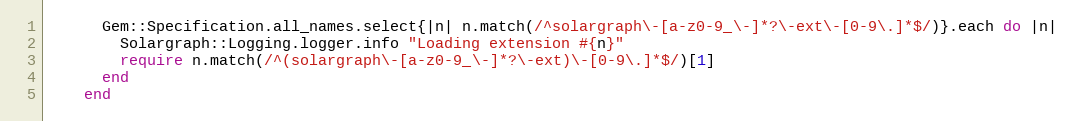
Language: Ruby
      Gem::Specification.all_names.select{|n| n.match(/^solargraph\-[a-z0-9_\-]*?\-ext\-[0-9\.]*$/)}.each do |n|
        Solargraph::Logging.logger.info "Loading extension #{n}"
        require n.match(/^(solargraph\-[a-z0-9_\-]*?\-ext)\-[0-9\.]*$/)[1]
      end
    end